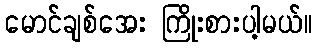
မောင်ချစ်အေး ကြိုးစားပါ့မယ်။